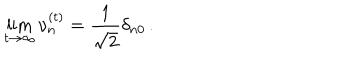
\lim _ { t \rightarrow \infty } \nu _ { n } ^ { ( t ) } = \frac { 1 } { \sqrt { 2 } } \delta _ { n 0 } \, .